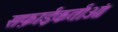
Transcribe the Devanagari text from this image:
सफ़ाईकर्ताओं